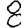
Digit: 8